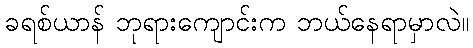
ခရစ်ယာန် ဘုရားကျောင်းက ဘယ်နေရာမှာလဲ။